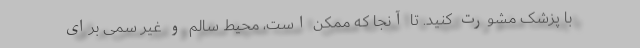
با پزشک مشورت کنید. تا آنجا که ممکن است، محیط سالم و غیر سمی برای